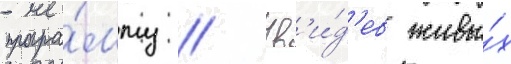
програ́мму // Ув'и́д'ев живы́х